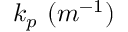
k _ { p } \ ( m ^ { - 1 } )